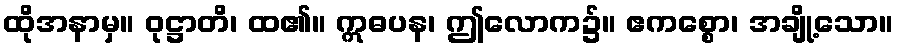
ထိုအနာမှ။ ဝုဋ္ဌာတိ၊ ထ၏။ ဣဓပန၊ ဤလောက၌။ ဧကစ္စော၊ အချို့သော။